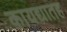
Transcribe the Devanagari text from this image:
कायद्यातह